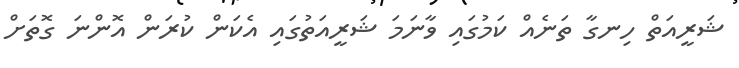
ޝަރީއަތް ހިނގާ ތަނެއް ކަމުގައި ވާނަމަ ޝަރީއަތުގައި އެކަން ކުރަން އޮންނަ ގޮތަށް